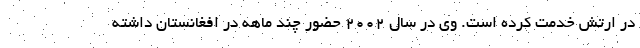
در ارتش خدمت کرده است. وی در سال ۲۰۰۲ حضور چند ماهه در افغانستان داشته